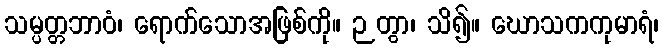
သမ္ပတ္တဘာဝံ၊ ရောက်သောအဖြစ်ကို။ ဉတွာ၊ သိ၍။ ဃောသကကုမာရံ၊